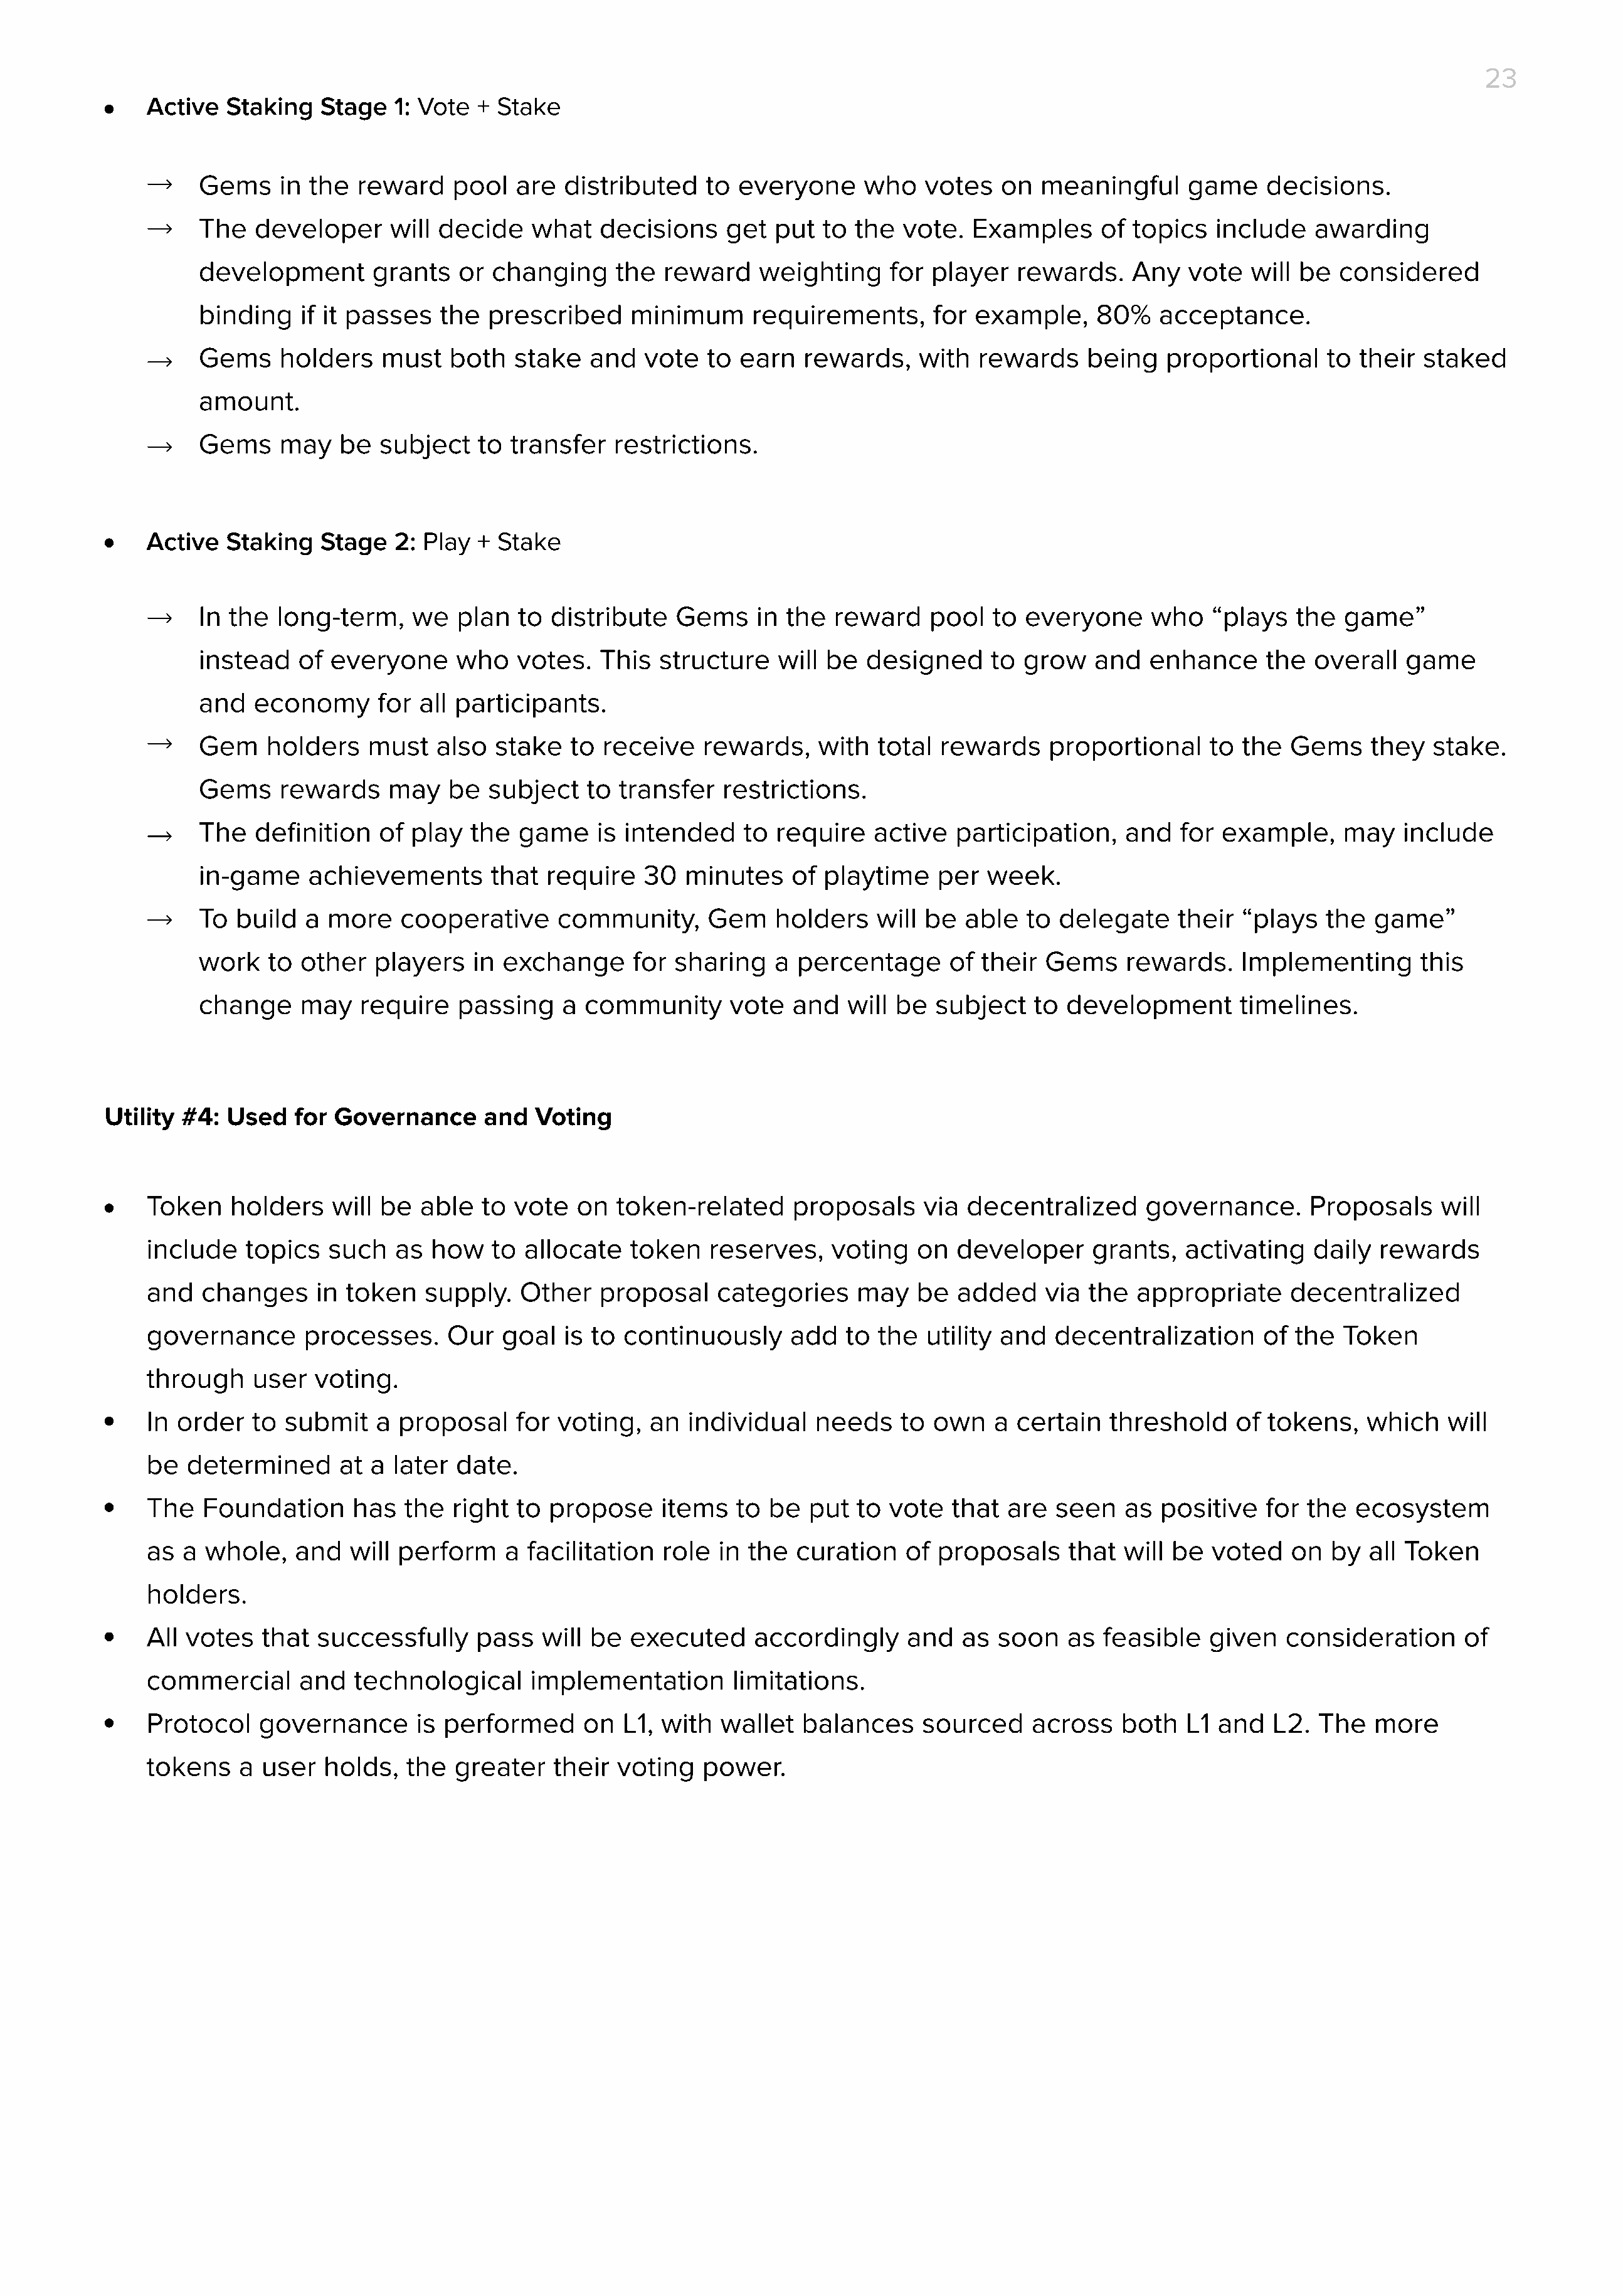
23
 Active   Staking   Stage   1: Vote + Stake
 Gems    in  the  reward    pool  are   distributed   to  everyone     who    votes   on  meaningful     game     decisions.
 The   developer     will decide    what   decisions     get  put  to the  vote.   Examples     of  topics  include    awarding
 development       grants   or  changing     the  reward    weighting     for player   rewards.    Any   vote   will be  considered
 binding    if it passes  the  prescribed      minimum     requirements,      for  example,     80%   acceptance.
 Gems    holders    must   both   stake   and   vote   to earn   rewards,    with  rewards     being   proportional     to their  staked
 amount.
 Gems    may    be  subject   to  transfer   restrictions.
 Active   Staking   Stage   2: Play + Stake
 In the  long-term,    we   plan   to distribute   Gems     in the  reward    pool   to everyone     who    “plays   the  game”
 instead   of  everyone     who    votes.  This   structure   will be  designed      to grow   and   enhance      the  overall  game
 and   economy      for all participants.
 Gem    holders    must   also  stake   to  receive   rewards,    with   total rewards     proportional     to the  Gems     they  stake.
 Gems    rewards     may   be   subject   to transfer   restrictions.
 The   definition   of play   the  game    is intended    to  require   active   participation,    and   for example,     may   include
 in-game     achievements       that  require   30  minutes     of playtime    per  week.
 To  build  a  more   cooperative      community,      Gem    holders    will be  able  to  delegate    their  “plays   the  game”
 work   to  other  players    in exchange      for sharing    a percentage      of  their Gems     rewards.    Implementing       this
 change     may   require   passing    a  community      vote   and  will be   subject   to  development       timelines.
 Utility #4:  Used   for Governance      and  Voting
 Token    holders    will be  able   to vote   on  token-related      proposals    via  decentralized      governance.      Proposals     will
 include    topics   such   as how    to allocate   token    reserves,    voting   on  developer     grants,   activating    daily  rewards
 and   changes     in token    supply.   Other   proposal     categories    may    be  added    via  the  appropriate     decentralized
 governance       processes.     Our   goal  is to  continuously     add   to  the  utility and  decentralization      of  the  Token
 through     user  voting.
 In  order   to submit    a proposal    for  voting,   an  individual   needs    to own    a certain   threshold    of  tokens,   which    will
 be   determined      at a later  date.
 The   Foundation      has   the  right  to propose     items   to be  put  to  vote  that  are  seen    as positive    for the  ecosystem
 as  a  whole,   and   will perform    a  facilitation  role  in the  curation    of proposals     that  will be  voted   on  by  all Token
 holders.
 All  votes   that successfully     pass   will be  executed      accordingly     and  as  soon    as feasible    given   consideration     of
 commercial       and  technological      implementation       limitations.
 Protocol    governance       is performed      on  L1, with  wallet   balances    sourced     across   both   L1 and   L2.  The   more
 tokens    a  user  holds,   the  greater   their  voting   power.